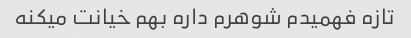
تازه فهمیدم شوهرم داره بهم خیانت میکنه